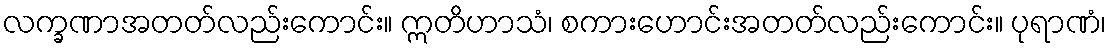
လက္ခဏာအတတ်လည်းကောင်း။ ဣတိဟာသံ၊ စကားဟောင်းအတတ်လည်းကောင်း။ ပုရာဏံ၊